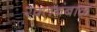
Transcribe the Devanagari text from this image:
रक्‍तबंबाळ